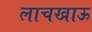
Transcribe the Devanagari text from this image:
लाचखाऊ